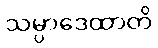
သမ္ပာဒေထာတိ